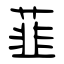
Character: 韮